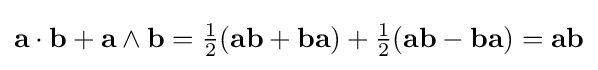
\mathbf {a} \cdot \mathbf {b} +\mathbf {a} \wedge \mathbf {b} ={\tfrac {1}{2}}(\mathbf {ab} +\mathbf {ba} )+{\tfrac {1}{2}}(\mathbf {ab} -\mathbf {ba} )=\mathbf {ab}